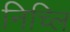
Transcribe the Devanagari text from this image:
निच्लि